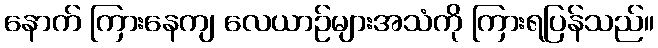
နောက် ကြားနေကျ လေယာဉ်များအသံကို ကြားရပြန်သည်။